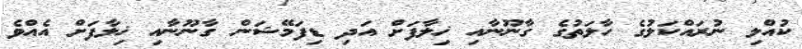
ކުއްލި ނުރައްކަލުގެ ހާލަތުގެ ގާނޫނާއި ޚިލާފަށް އަދި ޑިފަމޭޝަން ގާނޫނާއި ޚިލާފަށް އެއްވެ